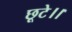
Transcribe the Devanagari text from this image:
छूटे।।